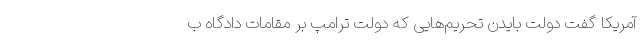
آمریکا گفت دولت بایدن تحریم‌هایی که دولت ترامپ بر مقامات دادگاه ب